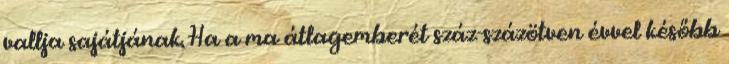
vallja sajátjának. Ha a ma átlagemberét száz-százötven évvel később